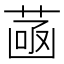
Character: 𦴻